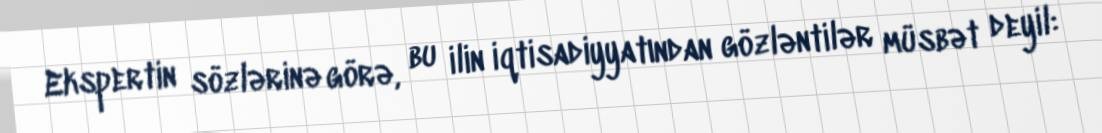
Ekspertin sözlərinə görə, bu ilin iqtisadiyyatından gözləntilər müsbət deyil: